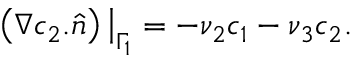
\left( \nabla c _ { 2 } . \hat { n } \right) \big | _ { \Gamma _ { 1 } } = - \nu _ { 2 } c _ { 1 } - \nu _ { 3 } c _ { 2 } .